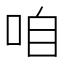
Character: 咱